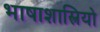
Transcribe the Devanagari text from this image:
भाषाशास्त्रियो